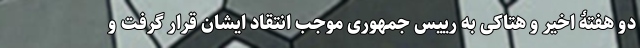
دو هفتۀ اخیر و هتاکی به رییس جمهوری موجب انتقاد ایشان قرار گرفت و